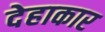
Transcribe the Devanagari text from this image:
देहाकार